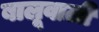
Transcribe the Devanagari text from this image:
बालूवाली